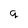
Character: q